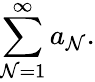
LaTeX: \sum_{\mathcal{N}=1}^{\infty}a_{\mathcal{N}}.